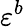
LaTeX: \varepsilon^{b}